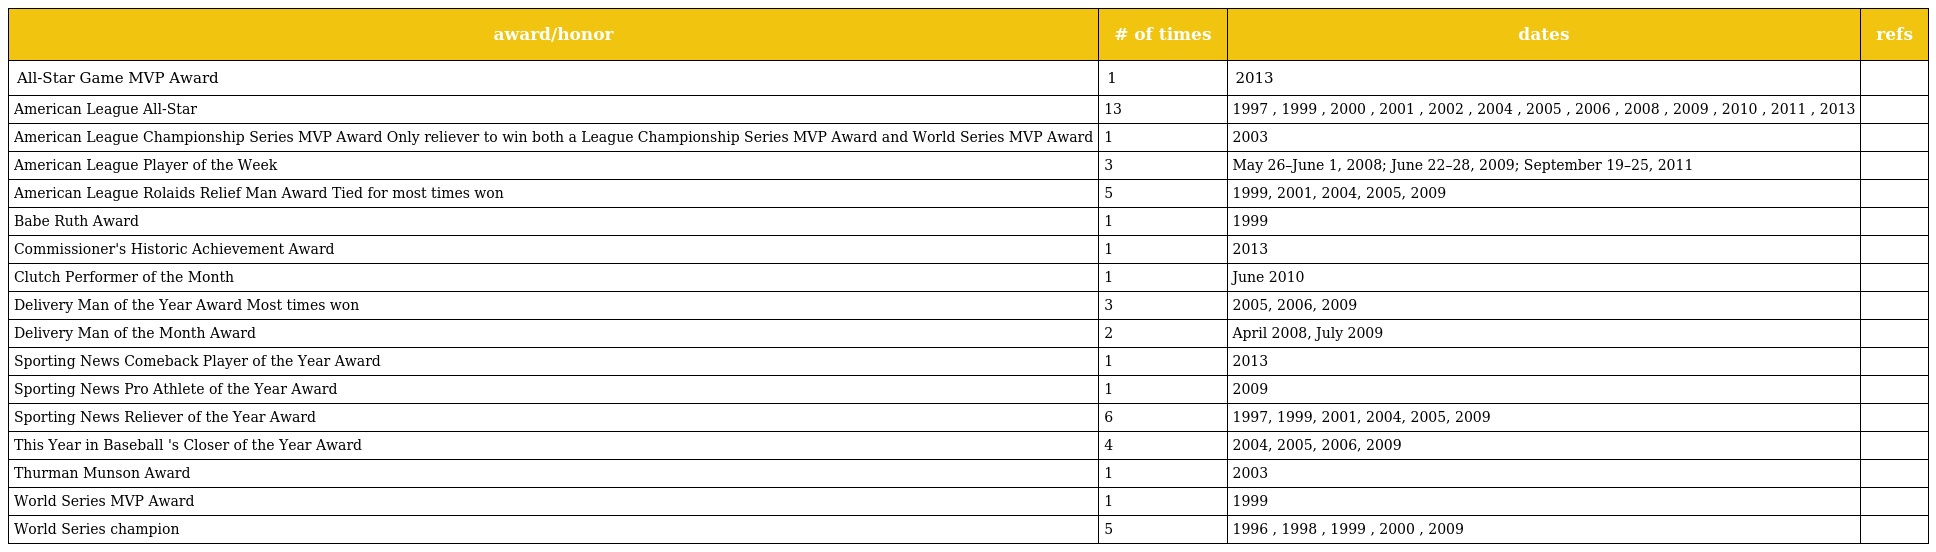
| award/honor | # of times | dates | refs |
 | --- | --- | --- | --- |
 | All-Star Game MVP Award | 1 | 2013 |  |
 | American League All-Star | 13 | 1997 , 1999 , 2000 , 2001 , 2002 , 2004 , 2005 , 2006 , 2008 , 2009 , 2010 , 2011 , 2013 |  |
 | American League Championship Series MVP Award Only reliever to win both a League Championship Series MVP Award and World Series MVP Award | 1 | 2003 |  |
 | American League Player of the Week | 3 | May 26–June 1, 2008; June 22–28, 2009; September 19–25, 2011 |  |
 | American League Rolaids Relief Man Award Tied for most times won | 5 | 1999, 2001, 2004, 2005, 2009 |  |
 | Babe Ruth Award | 1 | 1999 |  |
 | Commissioner's Historic Achievement Award | 1 | 2013 |  |
 | Clutch Performer of the Month | 1 | June 2010 |  |
 | Delivery Man of the Year Award Most times won | 3 | 2005, 2006, 2009 |  |
 | Delivery Man of the Month Award | 2 | April 2008, July 2009 |  |
 | Sporting News Comeback Player of the Year Award | 1 | 2013 |  |
 | Sporting News Pro Athlete of the Year Award | 1 | 2009 |  |
 | Sporting News Reliever of the Year Award | 6 | 1997, 1999, 2001, 2004, 2005, 2009 |  |
 | This Year in Baseball 's Closer of the Year Award | 4 | 2004, 2005, 2006, 2009 |  |
 | Thurman Munson Award | 1 | 2003 |  |
 | World Series MVP Award | 1 | 1999 |  |
 | World Series champion | 5 | 1996 , 1998 , 1999 , 2000 , 2009 |  |